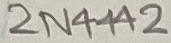
Text: 2N4442